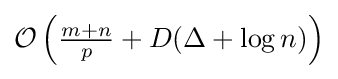
{\textstyle {\mathcal {O}}\left({\frac {m+n}{p}}+D(\Delta +\log n)\right)}